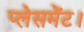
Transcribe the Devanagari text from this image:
प्लेसमेंट।